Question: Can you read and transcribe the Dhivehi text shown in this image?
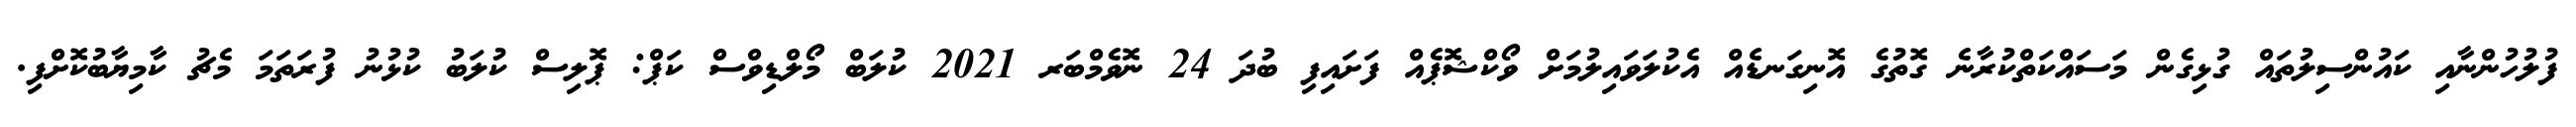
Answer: ފުލުހުންނާއި ކައުންސިލުތައް ގުޅިގެން މަސައްކަތްކުރާނެ ގޮތުގެ އޮނިގަނޑެއް އެކުލަވައިލުމަށް ވޯކްޝޮޕެއް ފަށައިފި ބުދަ 24 ނޮވެމްބަރ 2021 ކުލަބް މޯލްޑިވްސް ކަޕް: ޕޮލިސް ކުލަބު ކުޅުނު ފުރަތަމަ މެޗު ކާމިޔާބުކޮށްފި.